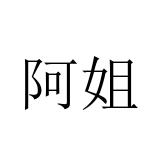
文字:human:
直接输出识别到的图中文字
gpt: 阿姐